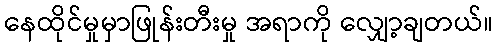
နေထိုင်မှုမှာဖြုန်းတီးမှု အရာကို လျှော့ချတယ်။